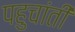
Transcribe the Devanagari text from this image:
पहुचांती